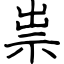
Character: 祟